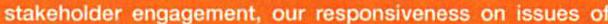
stakeholder engagement, our responsiveness on issues of